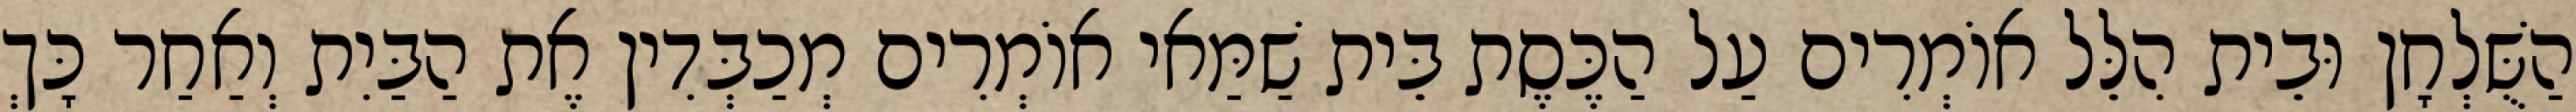
הַשֻּׁלְחָן וּבֵית הִלֵּל אוֹמְרִים עַל הַכֶּסֶת בֵּית שַׁמַּאי אוֹמְרִים מְכַבְּדִין אֶת הַבַּיִת וְאַחַר כָּךְ